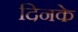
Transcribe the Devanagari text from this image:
दिनके